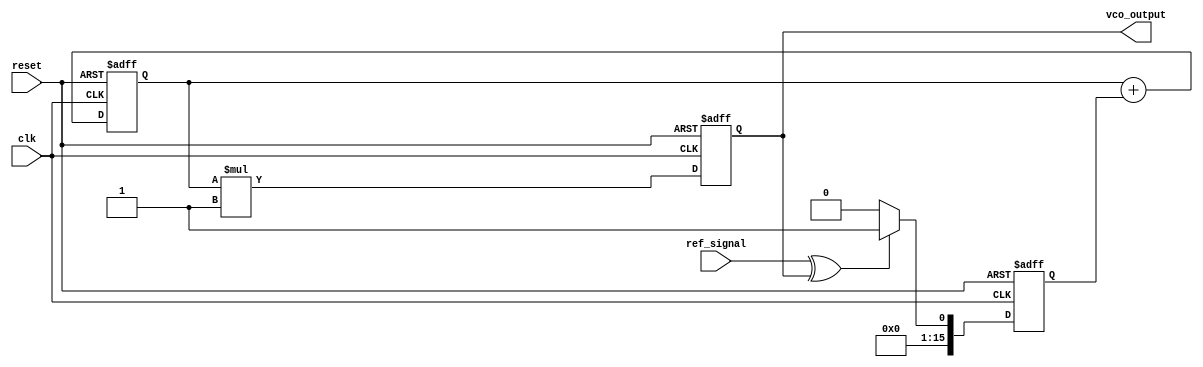
module ctpll (
    input wire clk,               // System clock
    input wire reset,             // Reset signal
    input wire ref_signal,        // Reference signal input
    output reg vco_output         // VCO output signal
);

// Parameters for the PLL
parameter PHASE_ERROR_WIDTH = 16; // Width of phase error signal
parameter VCO_GAIN = 1;            // Gain of the VCO
parameter MEMORY_DEPTH = 16;       // Depth of memory blocks

// Internal signals
reg [PHASE_ERROR_WIDTH-1:0] phase_error; // Phase error signal
reg [PHASE_ERROR_WIDTH-1:0] control_voltage; // Control voltage for VCO
reg [PHASE_ERROR_WIDTH-1:0] memory [0:MEMORY_DEPTH-1]; // Memory blocks for phase information
integer mem_index; // Memory index for storing phase errors

// Phase Detector (PD)
always @(posedge clk or posedge reset) begin
    if (reset) begin
        phase_error <= 0;
    end else begin
        // Simple phase detector logic (XOR for demonstration)
        phase_error <= (ref_signal ^ vco_output) ? 1 : 0; // Phase error calculation
    end
end

// Loop Filter (LF) - Simple integrator for demonstration
always @(posedge clk or posedge reset) begin
    if (reset) begin
        control_voltage <= 0;
    end else begin
        control_voltage <= control_voltage + phase_error; // Integrate phase error
    end
end

// Voltage-Controlled Oscillator (VCO)
always @(posedge clk or posedge reset) begin
    if (reset) begin
        vco_output <= 0;
    end else begin
        vco_output <= control_voltage * VCO_GAIN; // Generate output frequency based on control voltage
    end
end

// Memory Block for storing phase errors
always @(posedge clk or posedge reset) begin
    if (reset) begin
        for (mem_index = 0; mem_index < MEMORY_DEPTH; mem_index = mem_index + 1) begin
            memory[mem_index] <= 0; // Initialize memory
        end
        mem_index <= 0; // Reset memory index
    end else begin
        memory[mem_index] <= phase_error; // Store current phase error
        mem_index <= (mem_index + 1) % MEMORY_DEPTH; // Circular buffer
    end
end

endmodule